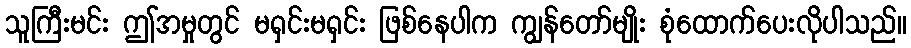
သူကြီးမင်း ဤအမှုတွင် မရှင်းမရှင်း ဖြစ်နေပါက ကျွန်တော်မျိုး စုံထောက်ပေးလိုပါသည်။